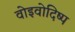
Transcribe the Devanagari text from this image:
वोइवोदिष्प